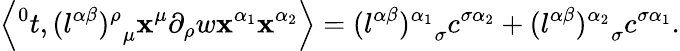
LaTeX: \left\langle{^0t},{(l^{\alpha\beta})^{\rho}}_{\mu}\mathbf{x}^{\mu}\partial_{\rho}w\mathbf{x}^{\alpha_{1}}\mathbf{x}^{\alpha_{2}}\right\rangle={(l^{\alpha\beta})^{\alpha_{1}}}_{\sigma}c^{\sigma\alpha_{2}}+{(l^{\alpha\beta})^{\alpha_{2}}}_{\sigma}c^{\sigma\alpha_{1}}.